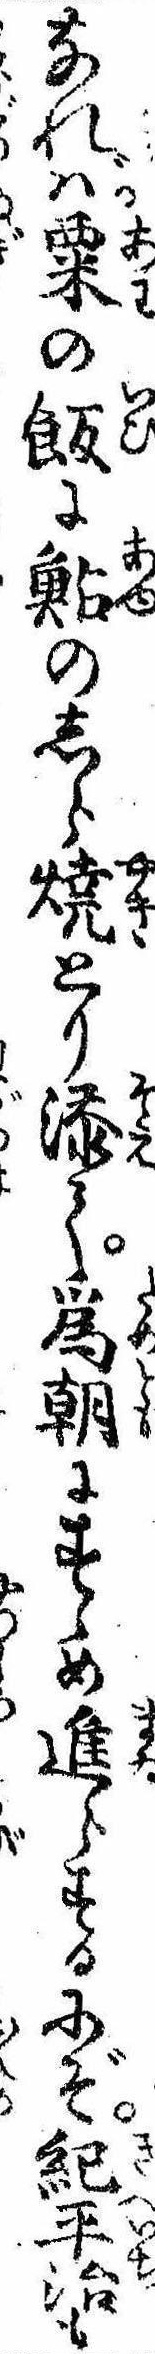
なれば粟の飯に鮎のしら焼とり添て為朝にすゝめ進らするにぞ紀平治も